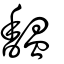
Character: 馧